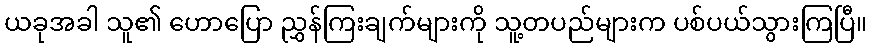
ယခုအခါ သူ၏ ဟောပြော ညွှန်ကြးချက်များကို သူ့တပည်များက ပစ်ပယ်သွားကြပြီ။